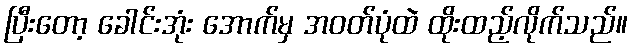
ပြီးတော့ ခေါင်းအုံး အောက်မှ အဝတ်ပုံထဲ ထိုးထည့်လိုက်သည်။